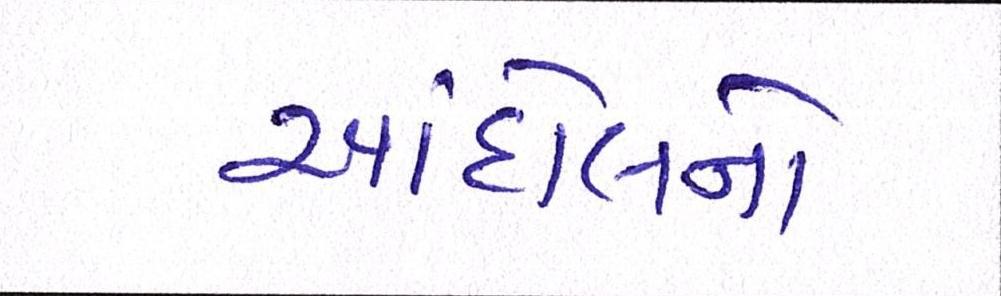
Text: આંદોલનો